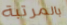
بالمرتبة